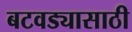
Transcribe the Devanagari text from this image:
बटवड्यासाठी